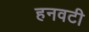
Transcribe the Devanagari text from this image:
हनवटी